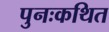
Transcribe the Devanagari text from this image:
पुनःकथित